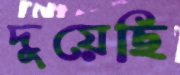
দুয়েছি